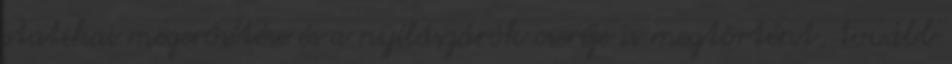
statikai megerősítése és a nyílászárók cseréje is megtörtént, tovább